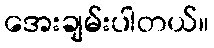
အေးချမ်းပါတယ်။